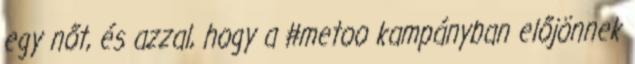
egy nőt, és azzal, hogy a #metoo kampányban előjönnek